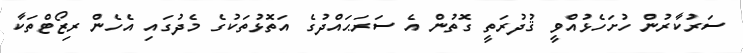
ސަރުކާރުން ހުށަހެޅުއްވީ ޤުދުރަތީ ގޮތުން އެ ސަރަޙައްދުގެ އަތޮޅުތަކުގެ މެދުގައި އެހެން ރިޒޯޓްތަކާ